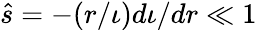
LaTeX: \hat{s}=-(r/\iota)d\iota/dr\ll 1